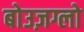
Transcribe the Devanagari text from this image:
बोउज़ग्लो